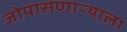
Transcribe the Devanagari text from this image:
जोपासणाऱ्याला